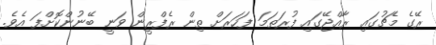
ރޭގެ މެޗުގައި ރާއްޖޭގައި ފުރަތަމަ ފަހަރަށް ތިން ރެފްރީން ވަނީ ބޭނުންކޮށްފަ އެވެ.